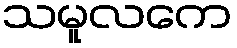
သမူလကေ